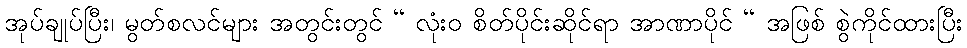
အုပ်ချုပ်ပြီး၊ မွတ်စလင်များ အတွင်းတွင် “ လုံးဝ စိတ်ပိုင်းဆိုင်ရာ အာဏာပိုင် “ အဖြစ် စွဲကိုင်ထားပြီး